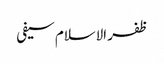
ظفر الاسلام سیفی